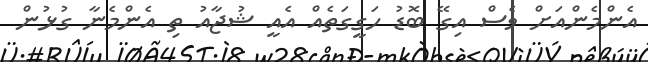
އެންމެންއަށް ވެސް އިގޭ ބޮޑު ހަގީގަތެއް އެއީ ޝުޖާއު ތި އެންމެނާ ގުޅުން